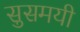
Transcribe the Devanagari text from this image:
सुसमयी